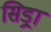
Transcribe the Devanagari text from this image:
सिड्रा